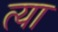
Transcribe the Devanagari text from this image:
त्या